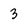
Character: 3